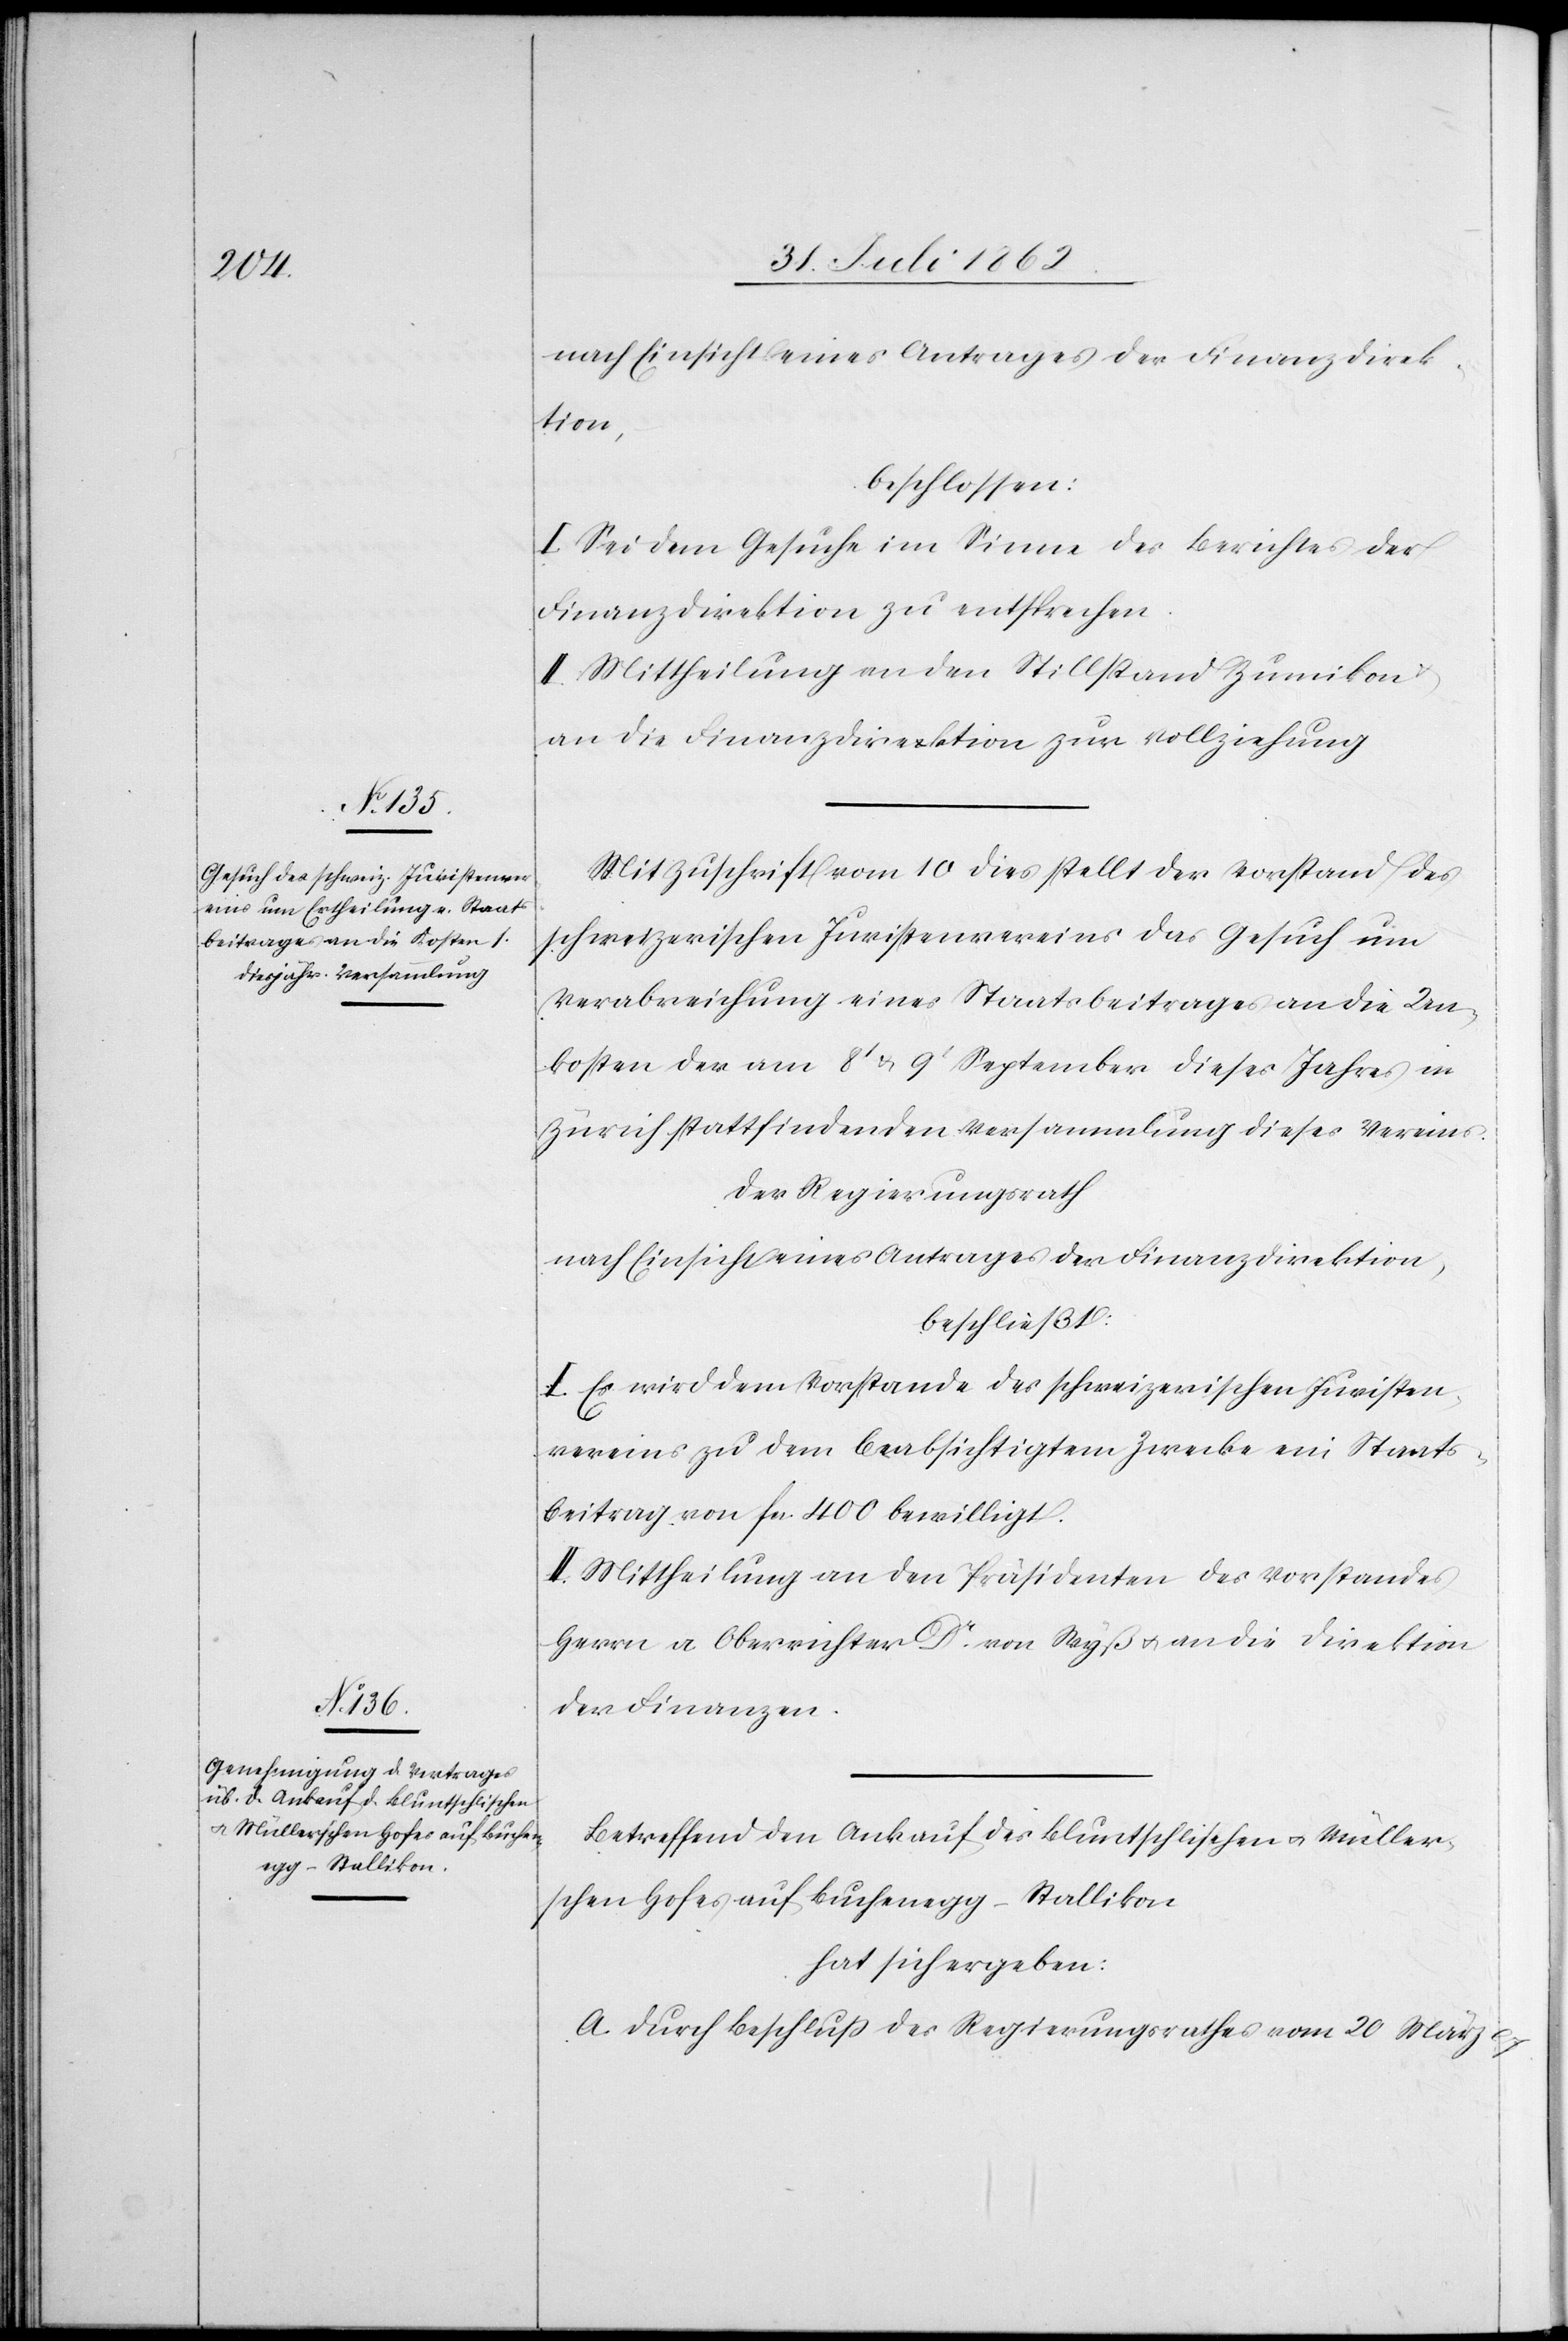
beschlossen:
I. Sei dem Gesuche im Sinne des Berichtes der
Finanzdirektion zu entsprechen.
II. Mittheilung an den Stillstand Zumikon
an die Finanzdirektion zur Vollziehung.
Mit Zuschrift vom 10. dies stellt der Vorstand des
schweizerischen Juristenvereins das Gesuch um
Verabreichung eines Staatsbeitrages an die Um¬
kosten der am 8t u. 9t September dieses Jahres in
Zürich stattfindenden Versammlung dieses Vereines.
Der Regierungsrath
nach Einsicht eines Antrages der Finanzdirektion,
beschließt:
I. Es wird dem Vorstande des schweizerischen Juristen¬
vereins zu dem beabsichtigtem Zwecke ein Staats¬
beitrag von fcs. 400 bewilligt.
II. Mittheilung an den Präsidenten des Vorstandes
Herrn a. Oberrichter Dr. von Wyß u. an die Direktion
der Finanzen.
Betreffend den Ankauf des Bluntschlischen u. Müller¬
schen Hofes auf Buchenegg-Stallikon
hat sich ergeben:
A. Durch Beschluß des Regierungsrathes vom 20. März l.